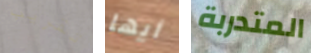
تقريب أيها المتدربة